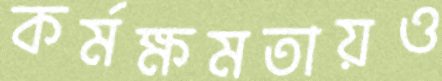
কর্মক্ষমতায়ও